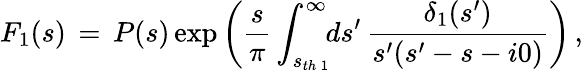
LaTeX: F_{1}(s)\, =\, P(s)\exp\left(\frac{s}{\pi}\int_{s_{th\, 1}}^{\infty}\! \! ds^{\prime}\, \frac{\delta_{1}(s^{\prime})}{s^{\prime}(s^{\prime}-s-i0)}\right)\, ,